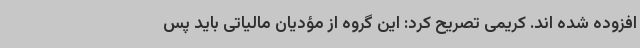
افزوده شده اند. کریمی تصریح کرد: این گروه از مؤدیان مالیاتی باید پس